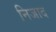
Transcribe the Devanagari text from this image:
निजाद